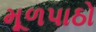
મૂળપાઠો